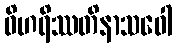
ဝိဟရိဿတိနာသဝေါ